Civil Veterinary Department Bihar reports 1940-50 - 1940-1950
Year: 1940
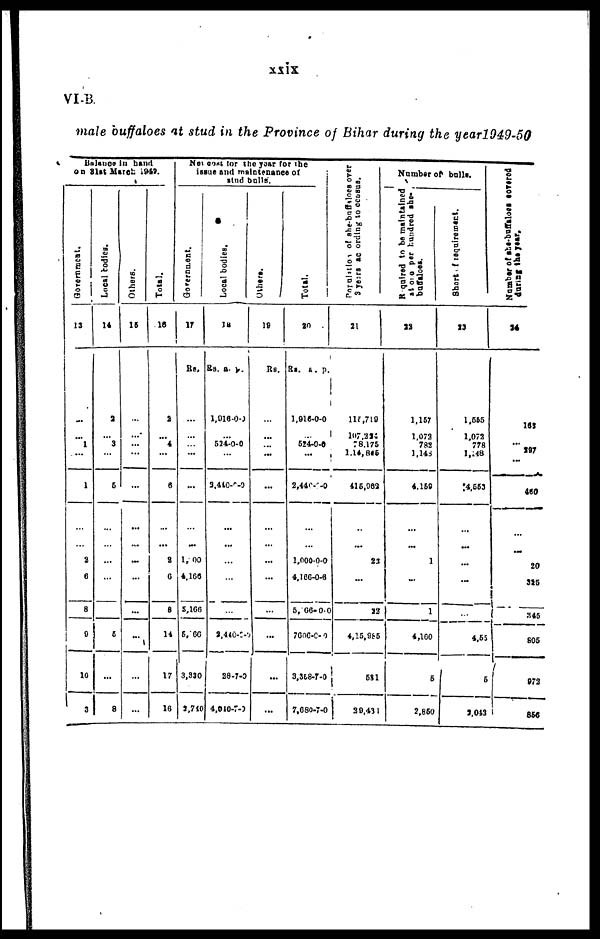
xxix
VI.B.
male buffaloes at stud in the Province of Bihar during the year1949-50
BALANCE in hand
on 31at March 1949.
Government.
13
...
...
1
...
1
...
...
2
6
8
9
10
3
Local bodies.
14
2
...
3
...
5
...
...
...
...
5
...
8
Others.
15
...
...
...
...
...
...
...
...
...
...
...
...
...
Total.
16
2
...
4
...
6
...
...
2
6
8
14
17
16
Net cost for the year for the
issue and maintenance of
stud bulls.
Government.
17
Rs,
...
...
... ...
...
...
...
1, 00
4.160
5,166
5,766
3,330
3,740
Local bodies.
18
Rs. a. p.
1,016-0-0
...
524-0-0
...
3,440-0-0
...
...
...
...
...
3,440-0-0
28-7-0
4,940-7-0
Others.
19
Rs.
...
...
...
...
...
..
...
...
...
...
...
...
...
Total.
20
Rs. a. p.
1,916-0-0
...
524-0-0
...
2,440-0-0
...
...
1,000-0-0
4,166-0-6
5, 66-0-0
7600-0-0
8,368-7-0
7,680-7-0
Population
of she-buffaloes overs
3 yesrs acording
to census.
21
115,710
107,224
78,175
1,14,845
415,962
...
...
23
...
22
4,15,985
531
20,431
Number
bulls.
Required
to be maintained
at one per
hundred she-
buffaloes.
22
1,157
1.072
782
1,148
4,159
...
...
1
...
1
4,160
6
2,850
Short of requirement.
23
1,555
1,072
778
l,148
74,553
...
...
...
...
...
4,55
6
2,043
Number of she-buffaloes covered
24
153
...
297
...
460
...
...
20
325
345
805
972
856